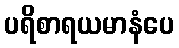
ပရိစာရယမာနံပေ